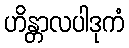
ဟိန္တာလပါဒုကံ